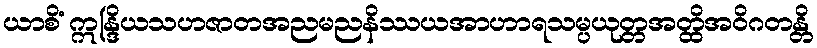
ယာစိံ ဣန္ဒြိယသဟဇာတအညမညနိဿယအာဟာရသမ္ပယုတ္တအတ္ထိအဝိဂတန္တိ